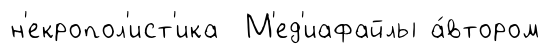
н'екропол'ист'ика М'ед'иафайлы а́втором